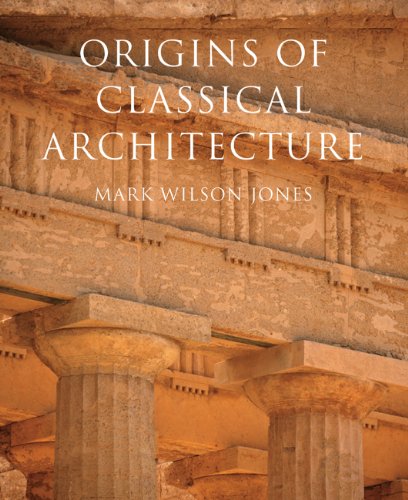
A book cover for Origins of Classical Architecture: Temples, Orders, and Gifts to the Gods in Ancient Greece; Mark Wilson Jones; Arts & Photography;